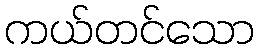
ကယ်တင်သော